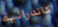
كاتدرائية